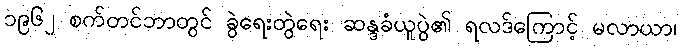
၁၉၆၂ စက်တင်ဘာတွင် ခွဲရေးတွဲရေး ဆန္ဒခံယူပွဲ၏ ရလဒ်ကြောင့် မလာယာ၊